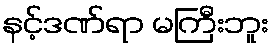
နင့်ဒဏ်ရာ မကြီးဘူး